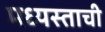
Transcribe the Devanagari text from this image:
मध्यस्ताची